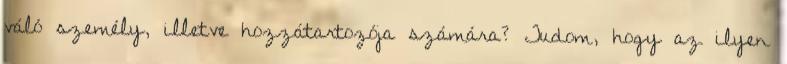
váló személy, illetve hozzátartozója számára? Tudom, hogy az ilyen